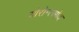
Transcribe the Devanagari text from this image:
योरोन्त्सोव